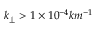
k _ { \perp } > 1 \times 1 0 ^ { - 4 } k m ^ { - 1 }